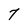
Character: 7